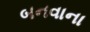
બનવાના